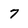
Character: 7